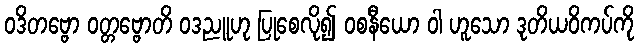
ဝဒိတဗ္ဗော ဝတ္တဗ္ဗောတိ ဝဒညူဟု ပြုစေလို၍ ဝစနီယော ဝါ ဟူသော ဒုတိယဝိကပ်ကို